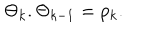
\Theta _ { k } . \Theta _ { k - 1 } = p _ { k } .